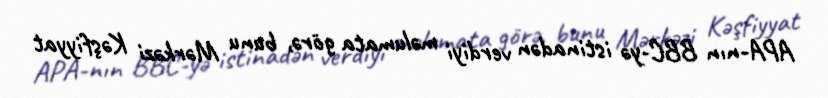
APA-nın BBC-yə istinadən verdiyi məlumata görə, bunu Mərkəzi Kəşfiyyat